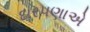
દારપણાએ